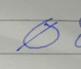
Signature authenticity: forged